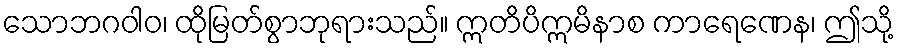
သောဘဂဝါဝ၊ ထိုမြတ်စွာဘုရားသည်။ ဣတိပိဣမိနာစ ကာရေဏေန၊ ဤသို့